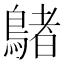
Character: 𪃲